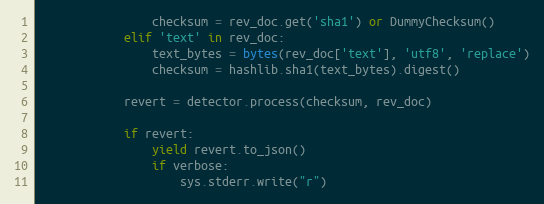
Language: Python
                checksum = rev_doc.get('sha1') or DummyChecksum()
            elif 'text' in rev_doc:
                text_bytes = bytes(rev_doc['text'], 'utf8', 'replace')
                checksum = hashlib.sha1(text_bytes).digest()

            revert = detector.process(checksum, rev_doc)

            if revert:
                yield revert.to_json()
                if verbose:
                    sys.stderr.write("r")